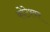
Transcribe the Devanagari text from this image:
कोटेश्‍वर